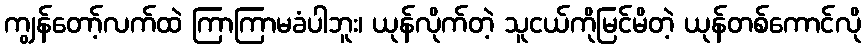
ကျွန်တော့်လက်ထဲ ကြာကြာမခံပါဘူး၊ ယုန်လိုက်တဲ့ သူငယ်ကိုမြင်မိတဲ့ ယုန်တစ်ကောင်လို